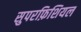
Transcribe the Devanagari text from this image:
सुपरफ़िशियल